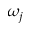
\omega _ { j }